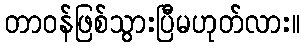
တာဝန်ဖြစ်သွားပြီမဟုတ်လား။